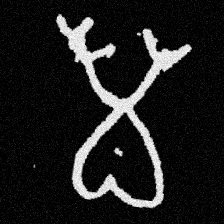
Pyu character \u2014 Myanmar letter: မ (romanized: ma)